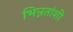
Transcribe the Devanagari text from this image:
भिन्नतांशी